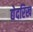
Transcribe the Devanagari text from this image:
द्येदरिख